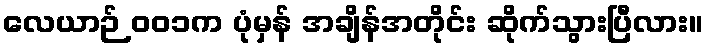
လေယာဉ် ၀၀၁က ပုံမှန် အချိန်အတိုင်း ဆိုက်သွားပြီလား။